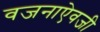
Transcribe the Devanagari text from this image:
वजनाऐवजी